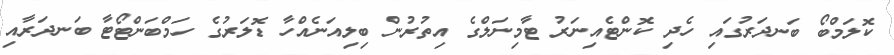
ކޮލަމްބޯ ބަނދަރުގައި ހެދި ކޮންޓެއިނަރު ޓާމިނަލްގެ އިތުރުން ބިލިއަނެއްހާ ޑޮލަރުގެ ހަމްބަންޓޯޓާ ބަނދަރާއި